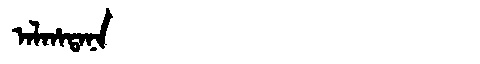
Manchu: ᠠᠯᡥᠠᡨᠠᠨᠠ
Romanization: ALHATANA